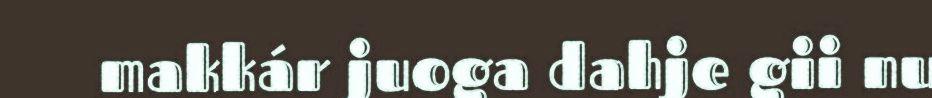
makkár juoga dahje gii nu